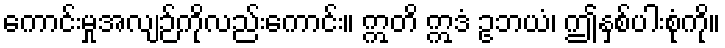
ကောင်းမှုအလျဉ်ကိုလည်းကောင်း။ ဣတိ ဣဒံ ဥဘယံ၊ ဤနှစ်ပါးစုံကို။